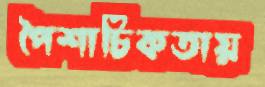
পৈশাচিকতায়